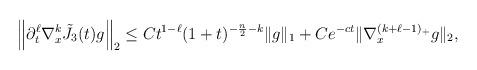
LaTeX: \begin{align*} \left\| \partial_{t}^{\ell} \nabla_{x}^{k}\tilde{J}_{3}(t)g\right\|_{2}& \le Ct^{1- \ell} (1+t)^{-\frac{n}{2}-k}\| g \|_{1} + C e^{-ct} \| \nabla^{(k+\ell-1)_{+}}_{x} g\|_{2}, \end{align*}